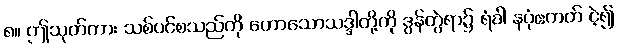
၈။ ဤသုတ်ကား သစ်ပင်စသည်ကို ဟောသောသဒ္ဒါတို့ကို ဒွန်တွဲရာ၌ ရံခါ နပုံဧကတ် ငဲ့၍